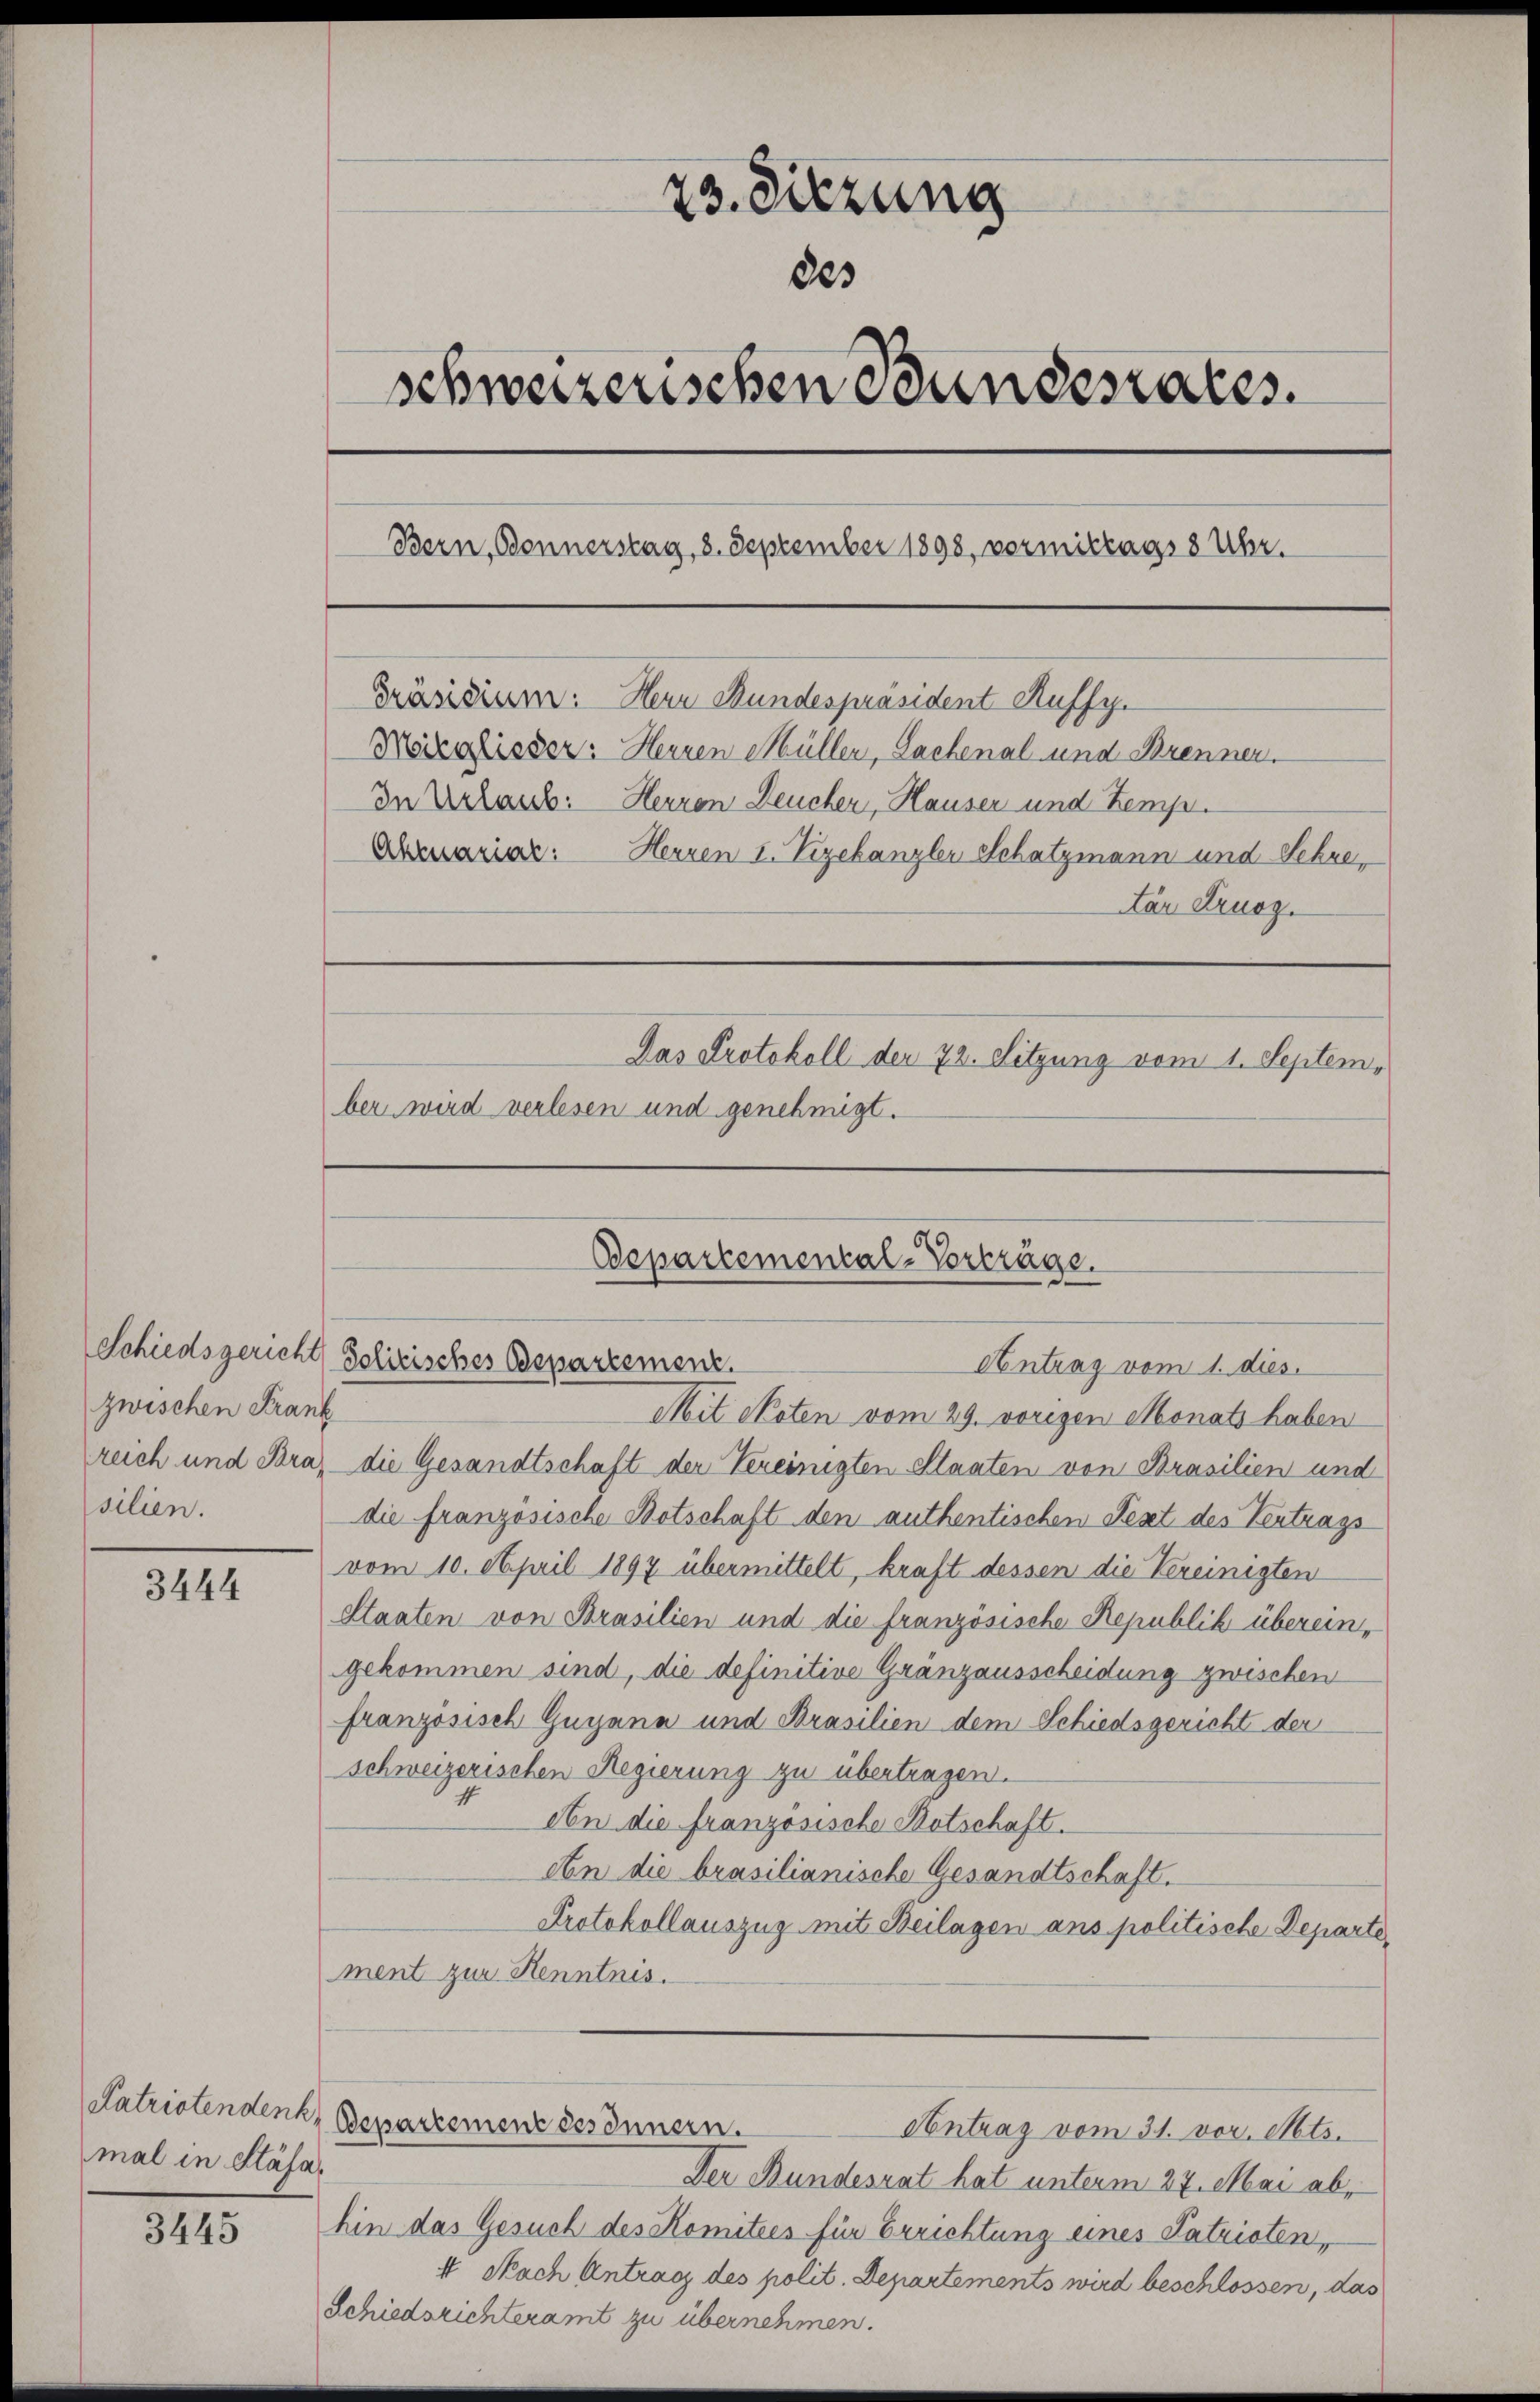
zwischen Frank
silien.

3444

mal in Stäfa

3445

23. Sitzung
des
schweizerischen Bundesrates.
Bern, Bonnerstag, 8. September 1898, vormittags 8 Uhr.
Präsidium: Herr Mundespräsident Auffy.
Märglisser: Herren Müller, Lachenal und Brenner.
In Urlaub. Herren Deucher, Hauser und Kemp¬
Abruariar: Herren I. Vizekanzler Schatzmann und Sehre,
ár Kruog.
Das Protokoll der 72. Sitzung vom 1. September wird verlesen und genehmigt.

Schieder

Departemental-Vorträge.
Schiedsgericht Politisches Departement.
Antrag vom 1. dies.

Mit Noten vom 29. vorigen Monats haben
reich und Bra, die Gesandtschaft der Vereinigten Staaten von Brasilien und
die französische Botschaft den authentischen Fest des Vertrags
vom 10. April 1897 übermittelt, kraft dessen die Vereinigten
Staaten von Brasilien und die französische Republik übereingekommen sind, die definitive Gränzausscheidung zwischen
französisch Guyana und Brasilien dem Schiedsgericht der
schweizerischen Regierung zu übertragen.
An die französische Botschaft.
An die brasilianische Gesandtschaft.
Protokollauszug mit Beilagen ans politische Departe
ment zur Kenntnis.
Katriotendenk, Departement des Innern.
Antrag vom 31. vor. Mts.
Der Bundesrat hat unterm 27. Mai abhin das Gesuch des Komitees für Errichtung eines Patrioten,
I. Nach Antrag des polit. Departements wird beschlossen, das